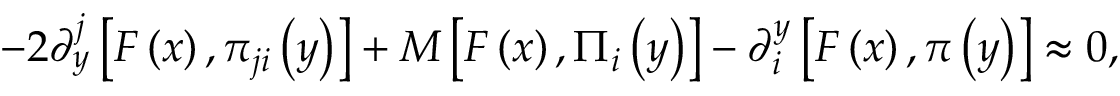
- 2 \partial _ { y } ^ { j } \left[ F \left( x \right) , \pi _ { j i } \left( y \right) \right] + M \left[ F \left( x \right) , \Pi _ { i } \left( y \right) \right] - \partial _ { i } ^ { y } \left[ F \left( x \right) , \pi \left( y \right) \right] \approx 0 ,